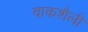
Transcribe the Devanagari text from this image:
वाकशैली